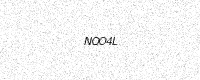
Text: NQO4L